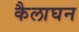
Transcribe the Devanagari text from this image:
कैलाघन